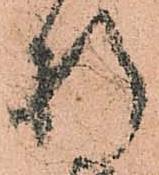
折